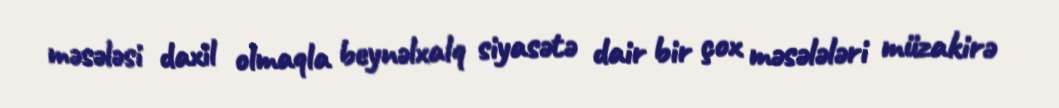
məsələsi daxil olmaqla beynəlxalq siyasətə dair bir çox məsələləri müzakirə